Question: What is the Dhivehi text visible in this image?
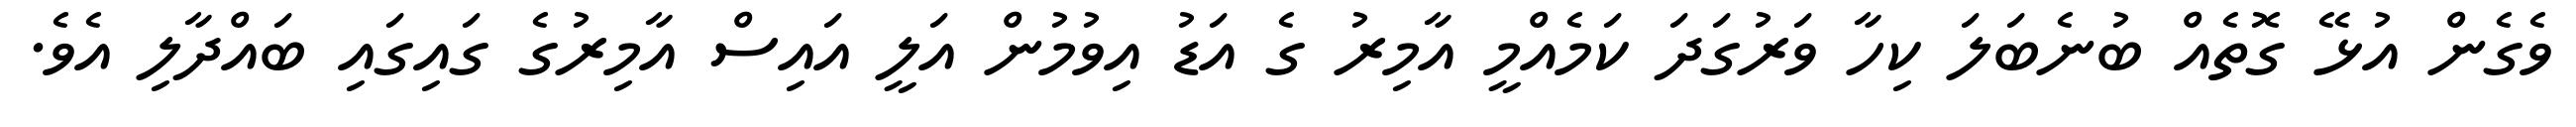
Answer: ވެގެން އުޅޭ ގޮތެއް ބުނެބަލަ ކިހާ ވަރުގަދަ ކަމެއްމީ އާމިރު ގެ އަޑު އިވުމުން އަލީ އައިސް އާމިރުގެ ގައިގައި ބައްދާލި އެވެ.